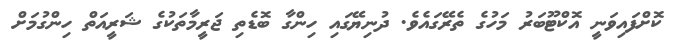
ކޮށްފައިވަނީ އޮކްޓޫބަރު މަހުގެ ތެރޭގައެވެ. ދުނިޔޭގައި ހިންގާ ބޮޑެތި ޖަރީމާތަކުގެ ޝަރީއަތް ހިންގުމަށް